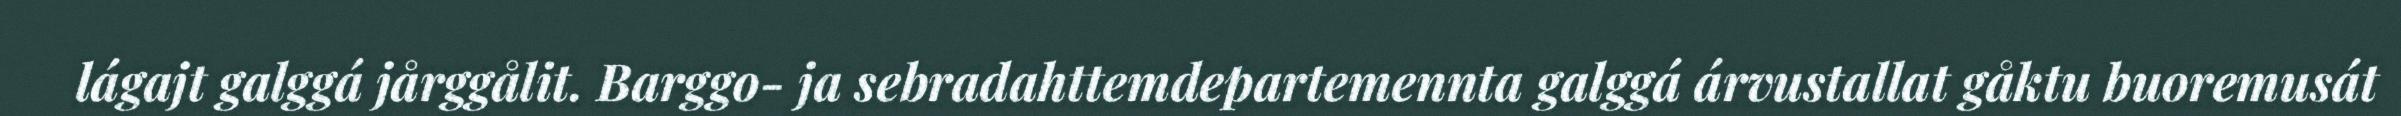
lágajt galggá jårggålit. Barggo- ja sebradahttemdepartemennta galggá árvustallat gåktu buoremusát